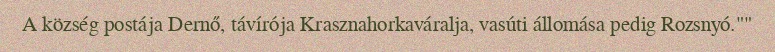
A község postája Dernő, távírója Krasznahorkaváralja, vasúti állomása pedig Rozsnyó.""